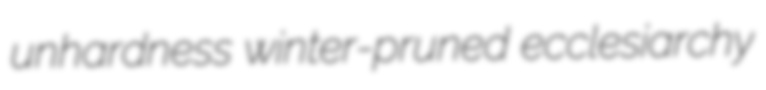
unhardness winter-pruned ecclesiarchy